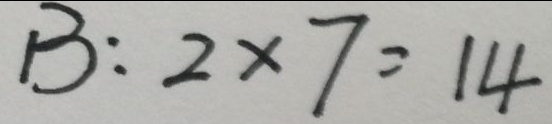
B : 2 \times 7 = 1 4